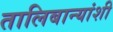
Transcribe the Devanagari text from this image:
तालिबान्यांशी